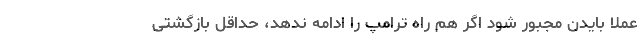
عملا بایدن مجبور شود اگر هم راه ترامپ را ادامه ندهد، حداقل بازگشتی